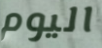
اليوم